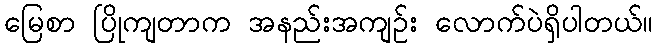
မြေစာ ပြိုကျတာက အနည်းအကျဉ်း လောက်ပဲရှိပါတယ်။